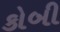
કોબી